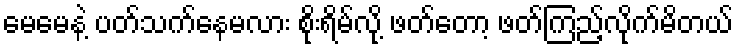
မေမေနဲ့ ပတ်သက်နေမလား စိုးရိမ်လို့ ဖတ်တော့ ဖတ်ကြည့်လိုက်မိတယ်